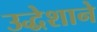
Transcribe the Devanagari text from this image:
उद्धेशाने